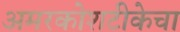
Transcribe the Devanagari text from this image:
अमरकोशटीकेचा